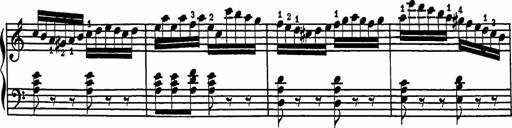
Title: 2 Sonatines
Composer: Richard Zeckwer